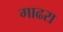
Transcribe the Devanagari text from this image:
गाढरा